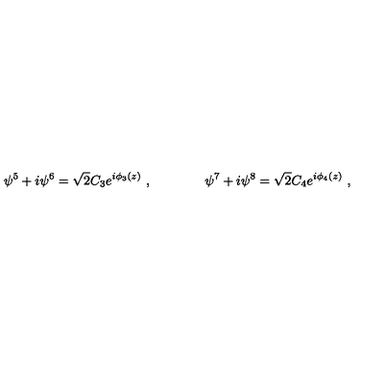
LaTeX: \psi ^ { 5 } + i \psi ^ { 6 } = \sqrt 2 C _ { 3 } e ^ { i \phi _ { 3 } ( z ) } \ , \qquad \qquad \psi ^ { 7 } + i \psi ^ { 8 } = \sqrt 2 C _ { 4 } e ^ { i \phi _ { 4 } ( z ) } \ ,